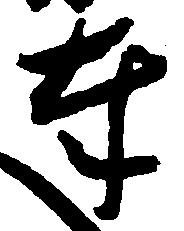
奉